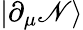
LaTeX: |\partial_{\mu}\mathscr{N}\rangle